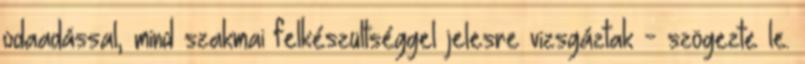
odaadással, mind szakmai felkészültséggel jelesre vizsgáztak - szögezte le.